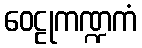
ဝေဠုကဏ္ဍကံ